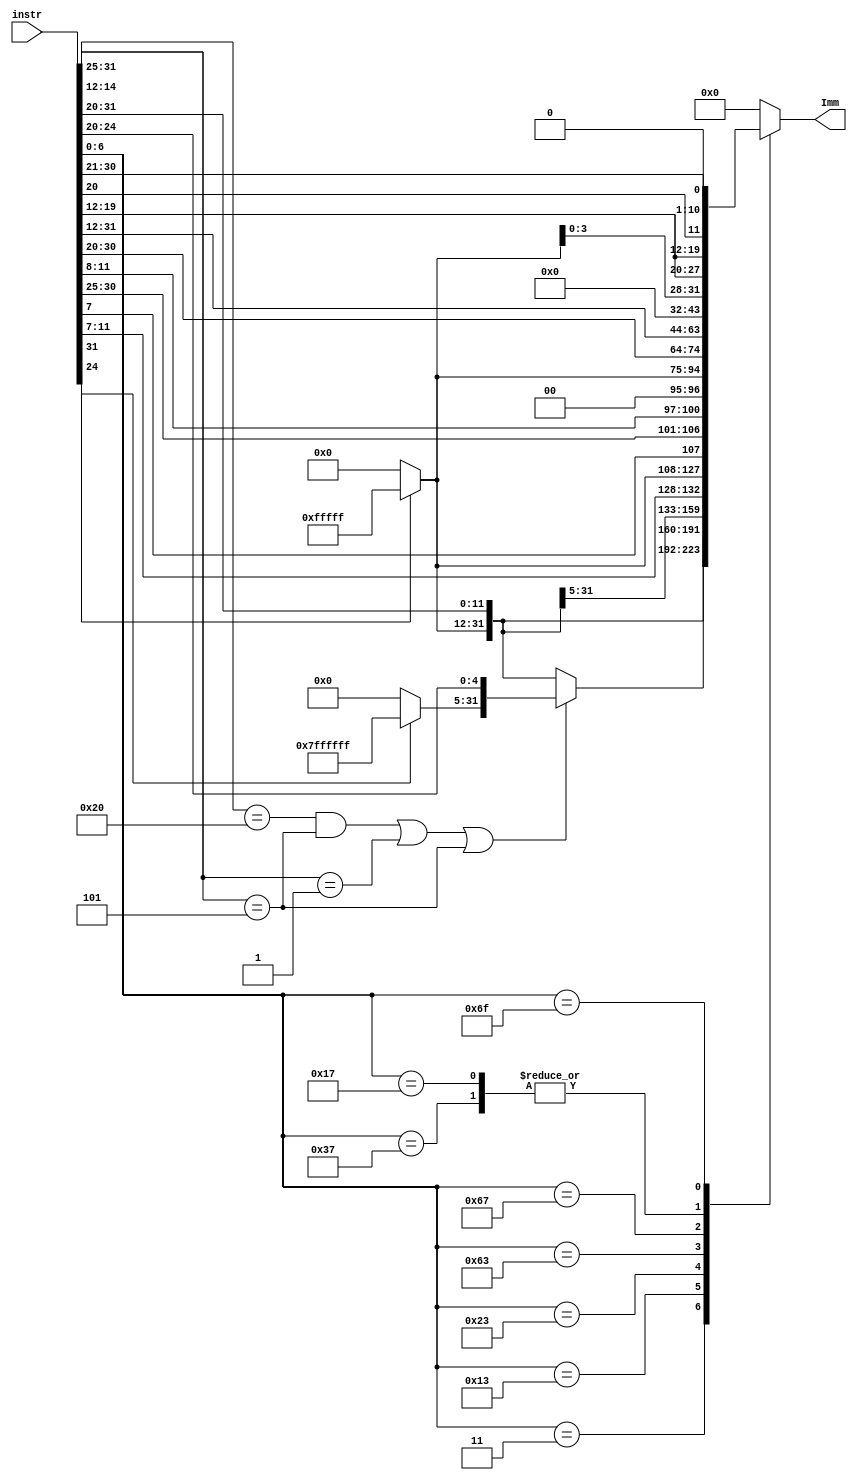
// Module to generate immediate values based on instruction type
module ImmGen(
    input wire [31:0] instr, // 32-bit instruction input
    output reg [31:0] Imm // 32-bit immediate output
);

    wire [4:0] srai;
    assign srai = instr[24:20]; // Extract bits 24:20 for SRAI immediate
    always @(*) begin
        case(instr[6:0])
            // I-type load instructions
            7'b0000011: Imm = {instr[31] ? {20{1'b1}} : 20'b0, instr[31:20]};
            // I-type addi instructions
            7'b0010011: begin
                // Check for SRAI, SLLI, and SRLI instructions
                if ((instr[31:25] == 7'b0100000 && instr[14:12] == 3'b101) ||
                    (instr[14:12] == 3'b001) || (instr[14:12] == 3'b101)) begin
                    // Set immediate value based on srai
                    Imm = {srai[4] ? {27{1'b1}} : 27'b0, srai};
                end else begin
                    // Otherwise, set immediate value based on bits 31:20
                    Imm = {instr[31] ? {20{1'b1}} : 20'b0, instr[31:20]};
                end
            end

            // S-type store instructions
            7'b0100011: Imm = {instr[31] ? {20{1'b1}} : 20'b0, instr[31:25], instr[11:7]};

            // B-type branch instructions
            7'b1100011: Imm = {instr[31] ? {20{1'b1}} : 20'b0, instr[7], instr[30:25], instr[11:8], 1'b0};

            // JALR instructions
            7'b1100111: Imm = {instr[31] ? {20{1'b1}} : 20'b0, instr[30:25], instr[24:21], instr[20]};

            // U-type instructions (LUI and AUIPC)
            7'b0010111, 7'b0110111: Imm = {instr[31:12], 12'b0};

            // JAL instructions
            7'b1101111: Imm = {instr[31] ? {20{1'b1}} : 20'b0, instr[19:12], instr[19:12], instr[20], instr[30:25], instr[24:21], 1'b0};
            default: 
                Imm = 32'b0;
        endcase
    end
endmodule